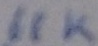
Text: 68K